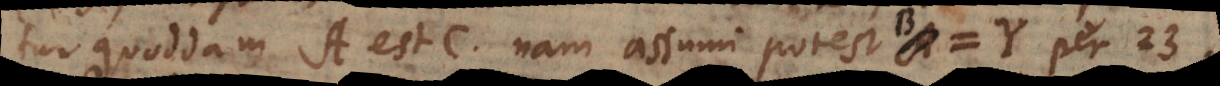
tur quoddam A est C, nam assumi potest B = Y per 23.